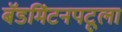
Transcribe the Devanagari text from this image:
बॅडमिंटनपटूला